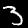
Digit: 3